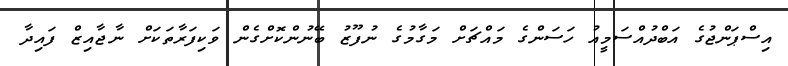
އިސްޕަންޖުގެ އަބްދުއްސަމީއު ހަސަންގެ މައްޗަށް މަގާމުގެ ނުފޫޒު ބޭނުންކޮށްގެން ވަކިފަރާތަކަށް ނާޖާއިޒް ފައިދާ